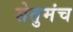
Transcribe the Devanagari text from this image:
सेतुमंच